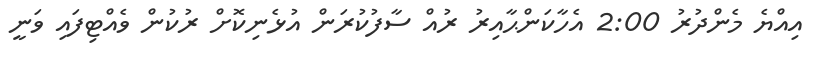
އިއްޔެ މެންދުރު 2:00 އެހާކަންޙާއިރު ރުއް ސާފުކުރަން އުޅެނިކޮށް ރުކުން ވެއްޓިފައި ވަނީ